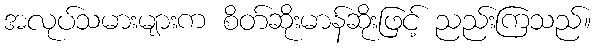
အလုပ်သမားများက စိတ်ဆိုးမာန်ဆိုးဖြင့် ညည်းကြသည်။